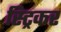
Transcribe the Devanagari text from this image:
स्ट्रिकर